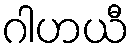
ဂါဟယီ